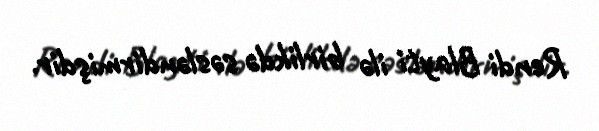
Rendi Blayti ilə birlikdə səsləndirmişdir.